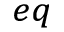
_ { e q }